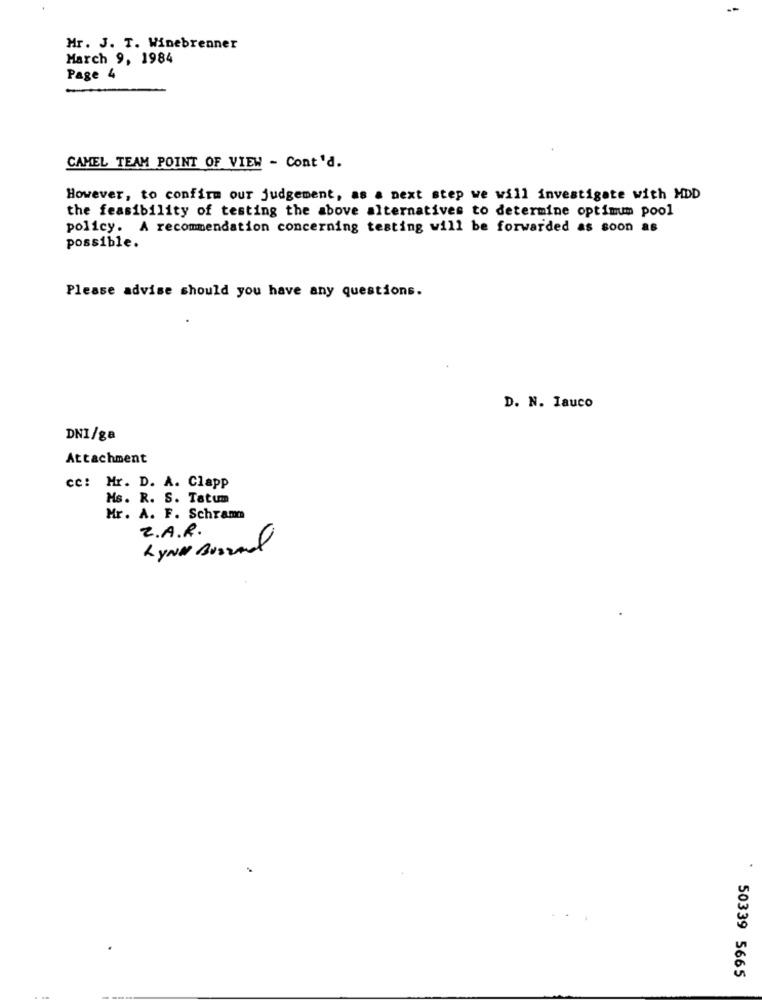
Mr. J. T. Winebrenner
March 9, 1984
Page 4
CAMEL TEAM POINT OF VIEW - Cont'd.
However, to confirm our judgement, as a next step we will investigate with MDD
the feasibility of testing the above alternatives to determine optimum pool
policy. A recommendation concerning testing will be forwarded as soon as
possible.
Please advise should you have any questions.
D. N. Iauco
DNI/ga
Attachment
cc: Mr. D. A. Clapp
Ms. R. S. Tatum
Mr. A. F. Schram
Z.A.R.
LYNN BUDEME
50339 5665